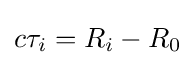
c\tau _{i}=R_{i}-R_{0}